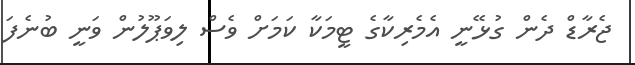
ޖެރާޑް ދެން ގުޅޭނީ އެމެރިކާގެ ޓީމަކާ ކަމަށް ވެސް ލިވަޕޫލުން ވަނީ ބުނެފަ